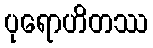
ပုရောဟိတဿ